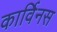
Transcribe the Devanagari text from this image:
कार्विनस